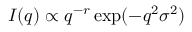
I ( q ) \propto q ^ { - r } \exp ( - q ^ { 2 } \sigma ^ { 2 } )